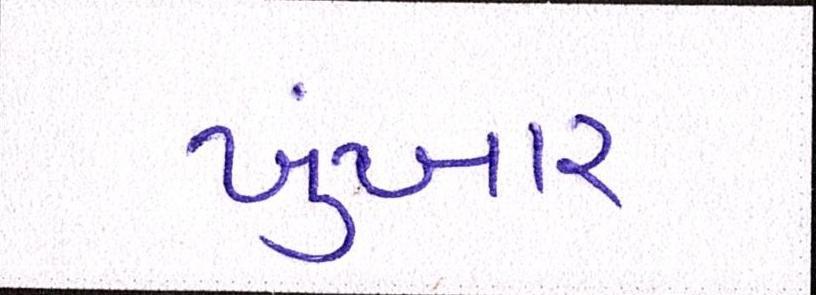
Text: ખુંખાર